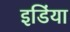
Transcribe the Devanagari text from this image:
इडिंया